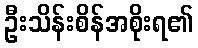
ဦးသိန်းစိန်အစိုးရ၏